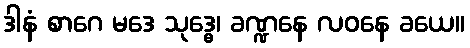
ဒါနံ စာဂေ မဒေ သုဒ္ဓေ၊ ခဏ္ဍနေ လဝနေ ခယေ။